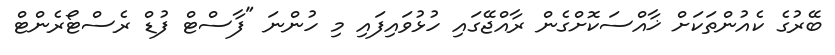
ބޭރުގެ ކެއުންތަކަށް ޚާއްސަކޮށްގެން ރާއްޖޭގައި ހުޅުވައިފައި މި ހުންނަ "ފާސްޓް ފުޑް ރެސްޓޯރެންޓް